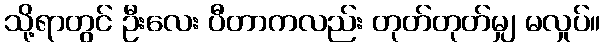
သို့ရာတွင် ဦးလေး ပီတာကလည်း တုတ်တုတ်မျှ မလှုပ်။